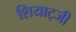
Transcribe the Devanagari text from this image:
शियाट्जी